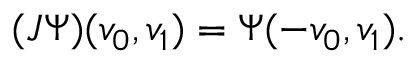
( J \Psi ) ( v _ { 0 } , v _ { 1 } ) = \Psi ( - v _ { 0 } , v _ { 1 } ) .